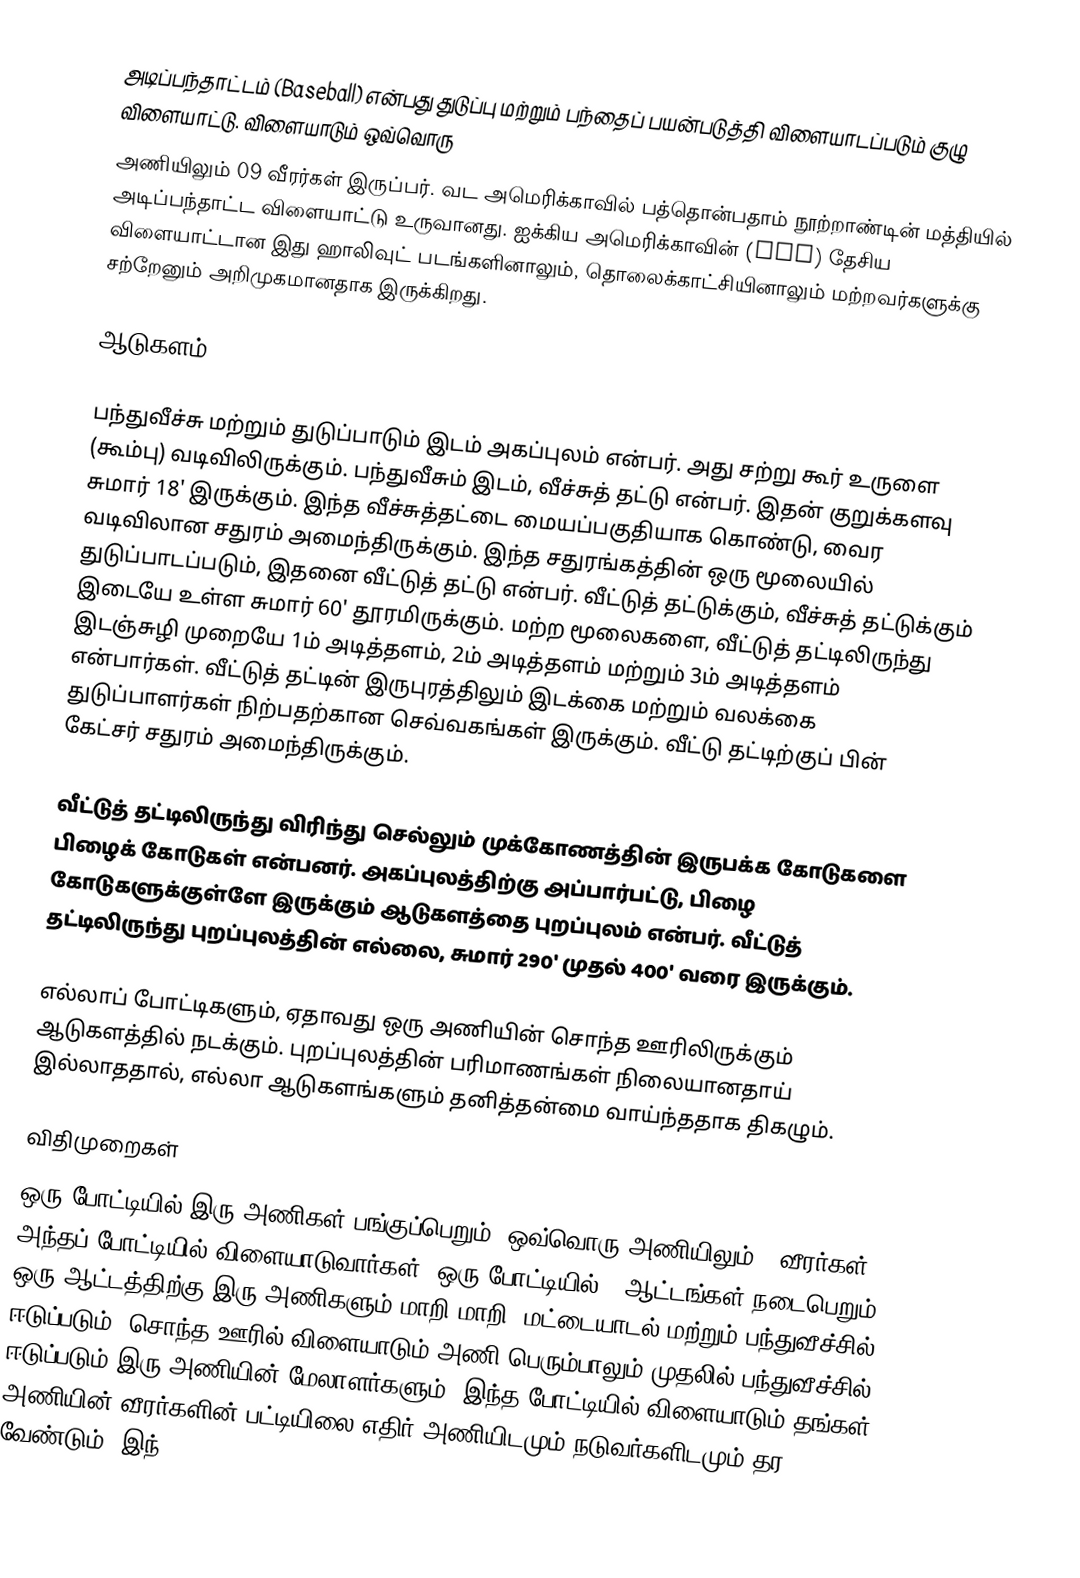
அடிப்பந்தாட்டம் (Baseball)  என்பது துடுப்பு மற்றும் பந்தைப் பயன்படுத்தி விளையாடப்படும் குழு விளையாட்டு. விளையாடும் ஒவ்வொரு
அணியிலும் 09 வீரர்கள் இருப்பர். வட அமெரிக்காவில் பத்தொன்பதாம் நூற்றாண்டின் மத்தியில் அடிப்பந்தாட்ட விளையாட்டு உருவானது. ஐக்கிய அமெரிக்காவின் (USA) தேசிய விளையாட்டான இது ஹாலிவுட் படங்களினாலும், தொலைக்காட்சியினாலும் மற்றவர்களுக்கு சற்றேனும் அறிமுகமானதாக இருக்கிறது.

ஆடுகளம்

பந்துவீச்சு மற்றும் துடுப்பாடும் இடம் அகப்புலம் என்பர். அது சற்று கூர் உருளை (கூம்பு) வடிவிலிருக்கும். பந்துவீசும் இடம், வீச்சுத் தட்டு என்பர். இதன் குறுக்களவு சுமார் 18' இருக்கும். இந்த வீச்சுத்தட்டை மையப்பகுதியாக கொண்டு, வைர வடிவிலான சதுரம் அமைந்திருக்கும். இந்த சதுரங்கத்தின் ஒரு மூலையில் துடுப்பாடப்படும், இதனை வீட்டுத் தட்டு என்பர். வீட்டுத் தட்டுக்கும், வீச்சுத் தட்டுக்கும் இடையே உள்ள சுமார் 60' தூரமிருக்கும். மற்ற மூலைகளை, வீட்டுத் தட்டிலிருந்து இடஞ்சுழி முறையே 1ம் அடித்தளம், 2ம் அடித்தளம் மற்றும் 3ம் அடித்தளம் என்பார்கள். வீட்டுத் தட்டின் இருபுரத்திலும் இடக்கை மற்றும் வலக்கை துடுப்பாளர்கள் நிற்பதற்கான செவ்வகங்கள் இருக்கும். வீட்டு தட்டிற்குப் பின் கேட்சர் சதுரம் அமைந்திருக்கும்.

வீட்டுத் தட்டிலிருந்து விரிந்து செல்லும் முக்கோணத்தின் இருபக்க கோடுகளை பிழைக் கோடுகள் என்பனர். அகப்புலத்திற்கு அப்பார்பட்டு, பிழை கோடுகளுக்குள்ளே இருக்கும் ஆடுகளத்தை புறப்புலம் என்பர். வீட்டுத் தட்டிலிருந்து புறப்புலத்தின் எல்லை, சுமார் 290' முதல் 400' வரை இருக்கும்.

எல்லாப் போட்டிகளும், ஏதாவது ஒரு அணியின் சொந்த ஊரிலிருக்கும் ஆடுகளத்தில் நடக்கும். புறப்புலத்தின் பரிமாணங்கள் நிலையானதாய் இல்லாததால், எல்லா ஆடுகளங்களும் தனித்தன்மை வாய்ந்ததாக திகழும்.

விதிமுறைகள்
ஒரு போட்டியில் இரு அணிகள் பங்குப்பெறும். ஒவ்வொரு அணியிலும் 9 வீரர்கள் அந்தப் போட்டியில் விளையாடுவார்கள். ஒரு போட்டியில் 9 ஆட்டங்கள் நடைபெறும், ஒரு ஆட்டத்திற்கு இரு அணிகளும் மாறி மாறி, மட்டையாடல் மற்றும் பந்துவீச்சில் ஈடுப்படும். சொந்த ஊரில் விளையாடும் அணி பெரும்பாலும் முதலில் பந்துவீச்சில் ஈடுப்படும்.இரு அணியின் மேலாளர்களும், இந்த போட்டியில் விளையாடும் தங்கள் அணியின் வீரர்களின் பட்டியிலை எதிர் அணியிடமும் நடுவர்களிடமும் தர வேண்டும். இந்